Civil Veterinary Dept. Bombay admin report 1893-99 - 1893-1899
Year: 1893
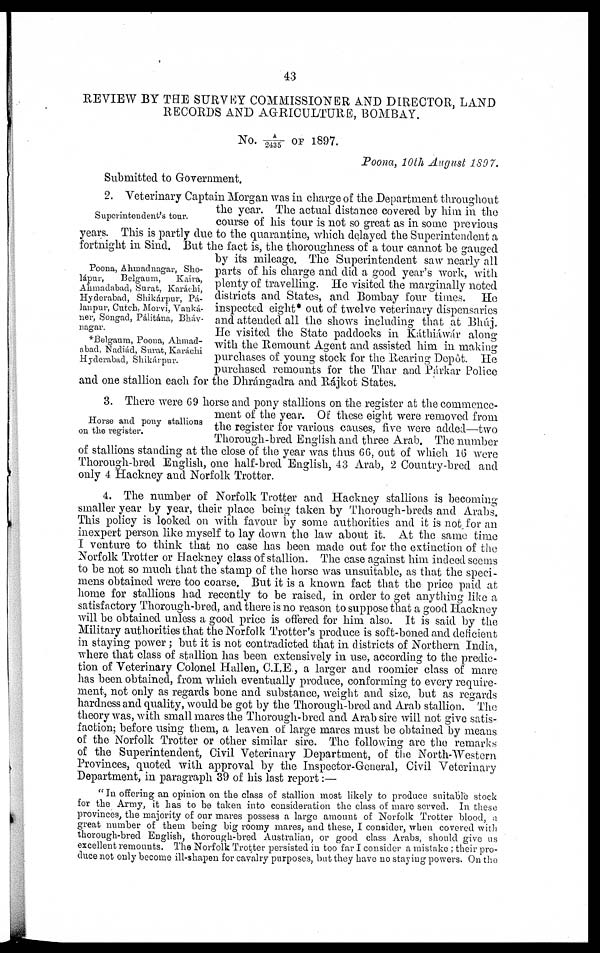
43
REVIEW BY THE SURVEY COMMISSIONER AND DIRECTOR, LAND
RECORDS AND AGRICULTURE, BOMBAY.
No. A/2435 OF 1897.
Poona, 10th August 1897.
Submitted to Government.
Superintendent's tour.
Poona, Ahmadnagar, Sho-
lápur,
Belgaum,
Kaira,
Ahmadabad, Surat, Karáchi,
Hyderabad, Shikárpur, Pá-
lanpur, Cutch, Morvi, Vanká-
ner, Songad, Pálitána, Bháv-
nagar.
*Belgaum, Poona, Ahmad-
abad, Nadiád, Surat, Karáchi
Hyderabad, Shikárpur.
2. Veterinary Captain Morgan was in charge of the Department throughout
the year. The actual distance covered by him in the
course of his tour is not so great as in some previous
years. This is partly due to the quarantine, which delayed the Superintendent a
fortnight in Sind. But the fact is, the thoroughness of a tour cannot be gauged
by its mileage. The Superintendent saw nearly all
parts of his charge and did a good year's work, with
plenty of travelling. He visited the marginally noted
districts and States, and Bombay four times. He
inspected eight* out of twelve veterinary dispensaries
and attended all the shows including that at Bhúj.
He visited the State paddocks in Káthiáwár along
with the Remount Agent and assisted him in making
purchases of young stock for the Rearing Depôt. He
purchased remounts for the Thar and Párkar Police
and one stallion each for the Dhrángadra and Rájkot States.
Horse and pony stallions
on the register.
3. There were 69 horse and pony stallions on the register at the commence-
ment of the year. Of these eight were removed from
the register for various causes, five were added—two
Thorough-bred English and three Arab. The number
of stallions standing at the close of the year was thus 66, out of which 16 were
Thorough-bred English, one half-bred English, 43 Arab, 2 Country-bred and
only 4 Hackney and Norfolk Trotter.
4. The number of Norfolk Trotter and Hackney stallions is becoming
smaller year by year, their place being taken by Thorough-breds and Arabs.
This policy is looked on with favour by some authorities and it is not for an
inexpert person like myself to lay down the law about it. At the same time
I venture to think that no case has been made out for the extinction of the
Norfolk Trotter or Hackney class of stallion. The case against him indeed seems
to be not so much that the stamp of the horse was unsuitable, as that the speci-
mens obtained were too coarse. But it is a known fact that the price paid at
home for stallions had recently to be raised, in order to get anything like a
satisfactory Thorough-bred, and there is no reason to suppose that a good Hackney
will be obtained unless a good price is offered for him also. It is said by the
Military authorities that the Norfolk Trotter's produce is soft-boned and deficient
in staying power; but it is not contradicted that in districts of Northern India,
where that class of stallion has been extensively in use, according to the predic-
tion of Veterinary Colonel Hallen, C.I.E., a larger and roomier class of mare
has been obtained, from which eventually produce, conforming to every require-
ment, not only as regards bone and substance, weight and size, but as regards
hardness and quality, would be got by the Thorough-bred and Arab stallion. The
theory was, with small mares the Thorough-bred and Arab sire will not give satis-
faction; before using them, a leaven of large mares must be obtained by means
of the Norfolk Trotter or other similar sire. The following are the remarks
of the Superintendent, Civil Veterinary Department, of the North-Western
Provinces, quoted with approval by the Inspector-General, Civil Veterinary
Department, in paragraph 39 of his last report:—
"In offering an opinion on the class of stallion most likely to produce suitable stock
for the Army, it has to be taken into consideration the class of mare served. In these
provinces, the majority of our mares possess a large amount of Norfolk Trotter blood, a
great number of them being big roomy mares, and these, I consider, when covered with
thorough-bred English, thorough-bred Australian, or good class Arabs, should give us
excellent remounts. The Norfolk Trotter persisted in too far I consider a mistake; their pro-
duce not only become ill-shapen for cavalry purposes, but they have no staying powers. On the